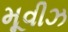
મૂવીઝ